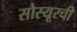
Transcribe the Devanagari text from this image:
सोस्यूरची